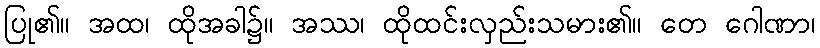
ပြု၏။ အထ၊ ထိုအခါ၌။ အဿ၊ ထိုထင်းလှည်းသမား၏။ တေ ဂေါဏာ၊